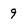
Character: 9